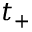
t _ { + }